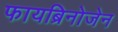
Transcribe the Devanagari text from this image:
फायब्रिनोजेन